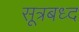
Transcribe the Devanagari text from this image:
सूत्रबध्द